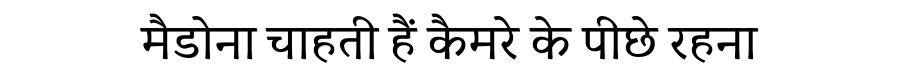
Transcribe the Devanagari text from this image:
मैडोना चाहती हैं कैमरे के पीछे रहना